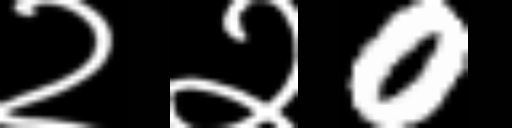
Text: २२0